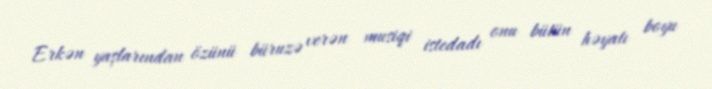
Erkən yaşlarından özünü büruzə verən musiqi istedadı onu bütün həyatı boyu